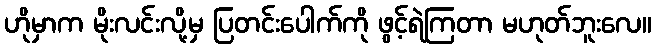
ဟိုမှာက မိုးလင်းလို့မှ ပြတင်းပေါက်ကို ဖွင့်ရဲကြတာ မဟုတ်ဘူးလေ။